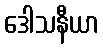
ဒေါသနီယာ